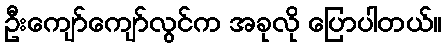
ဦးကျော်ကျော်လွင်က အခုလို ပြောပါတယ်။